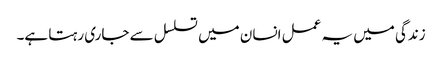
زندگی میں یہ عمل انسان میں تسلسل سے جاری رہتا ہے۔